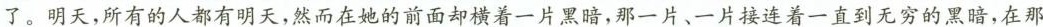
了。明天，所有的人都有明天，然而在她的前面却横着一片黑暗，那一片、一片接连着一直到无穷的黑暗，在那